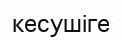
кесушіге